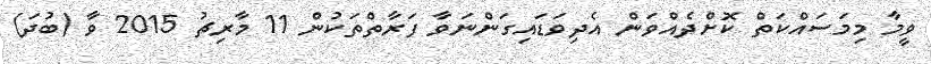
ވީމާ މިމަސައްކަތް ކޮށްދެއްވަން އެދިވަޑައިގަންނަވާ ފަރާތްތަކުން 11 މާރިޗު 2015 ވާ (ބުދަ)